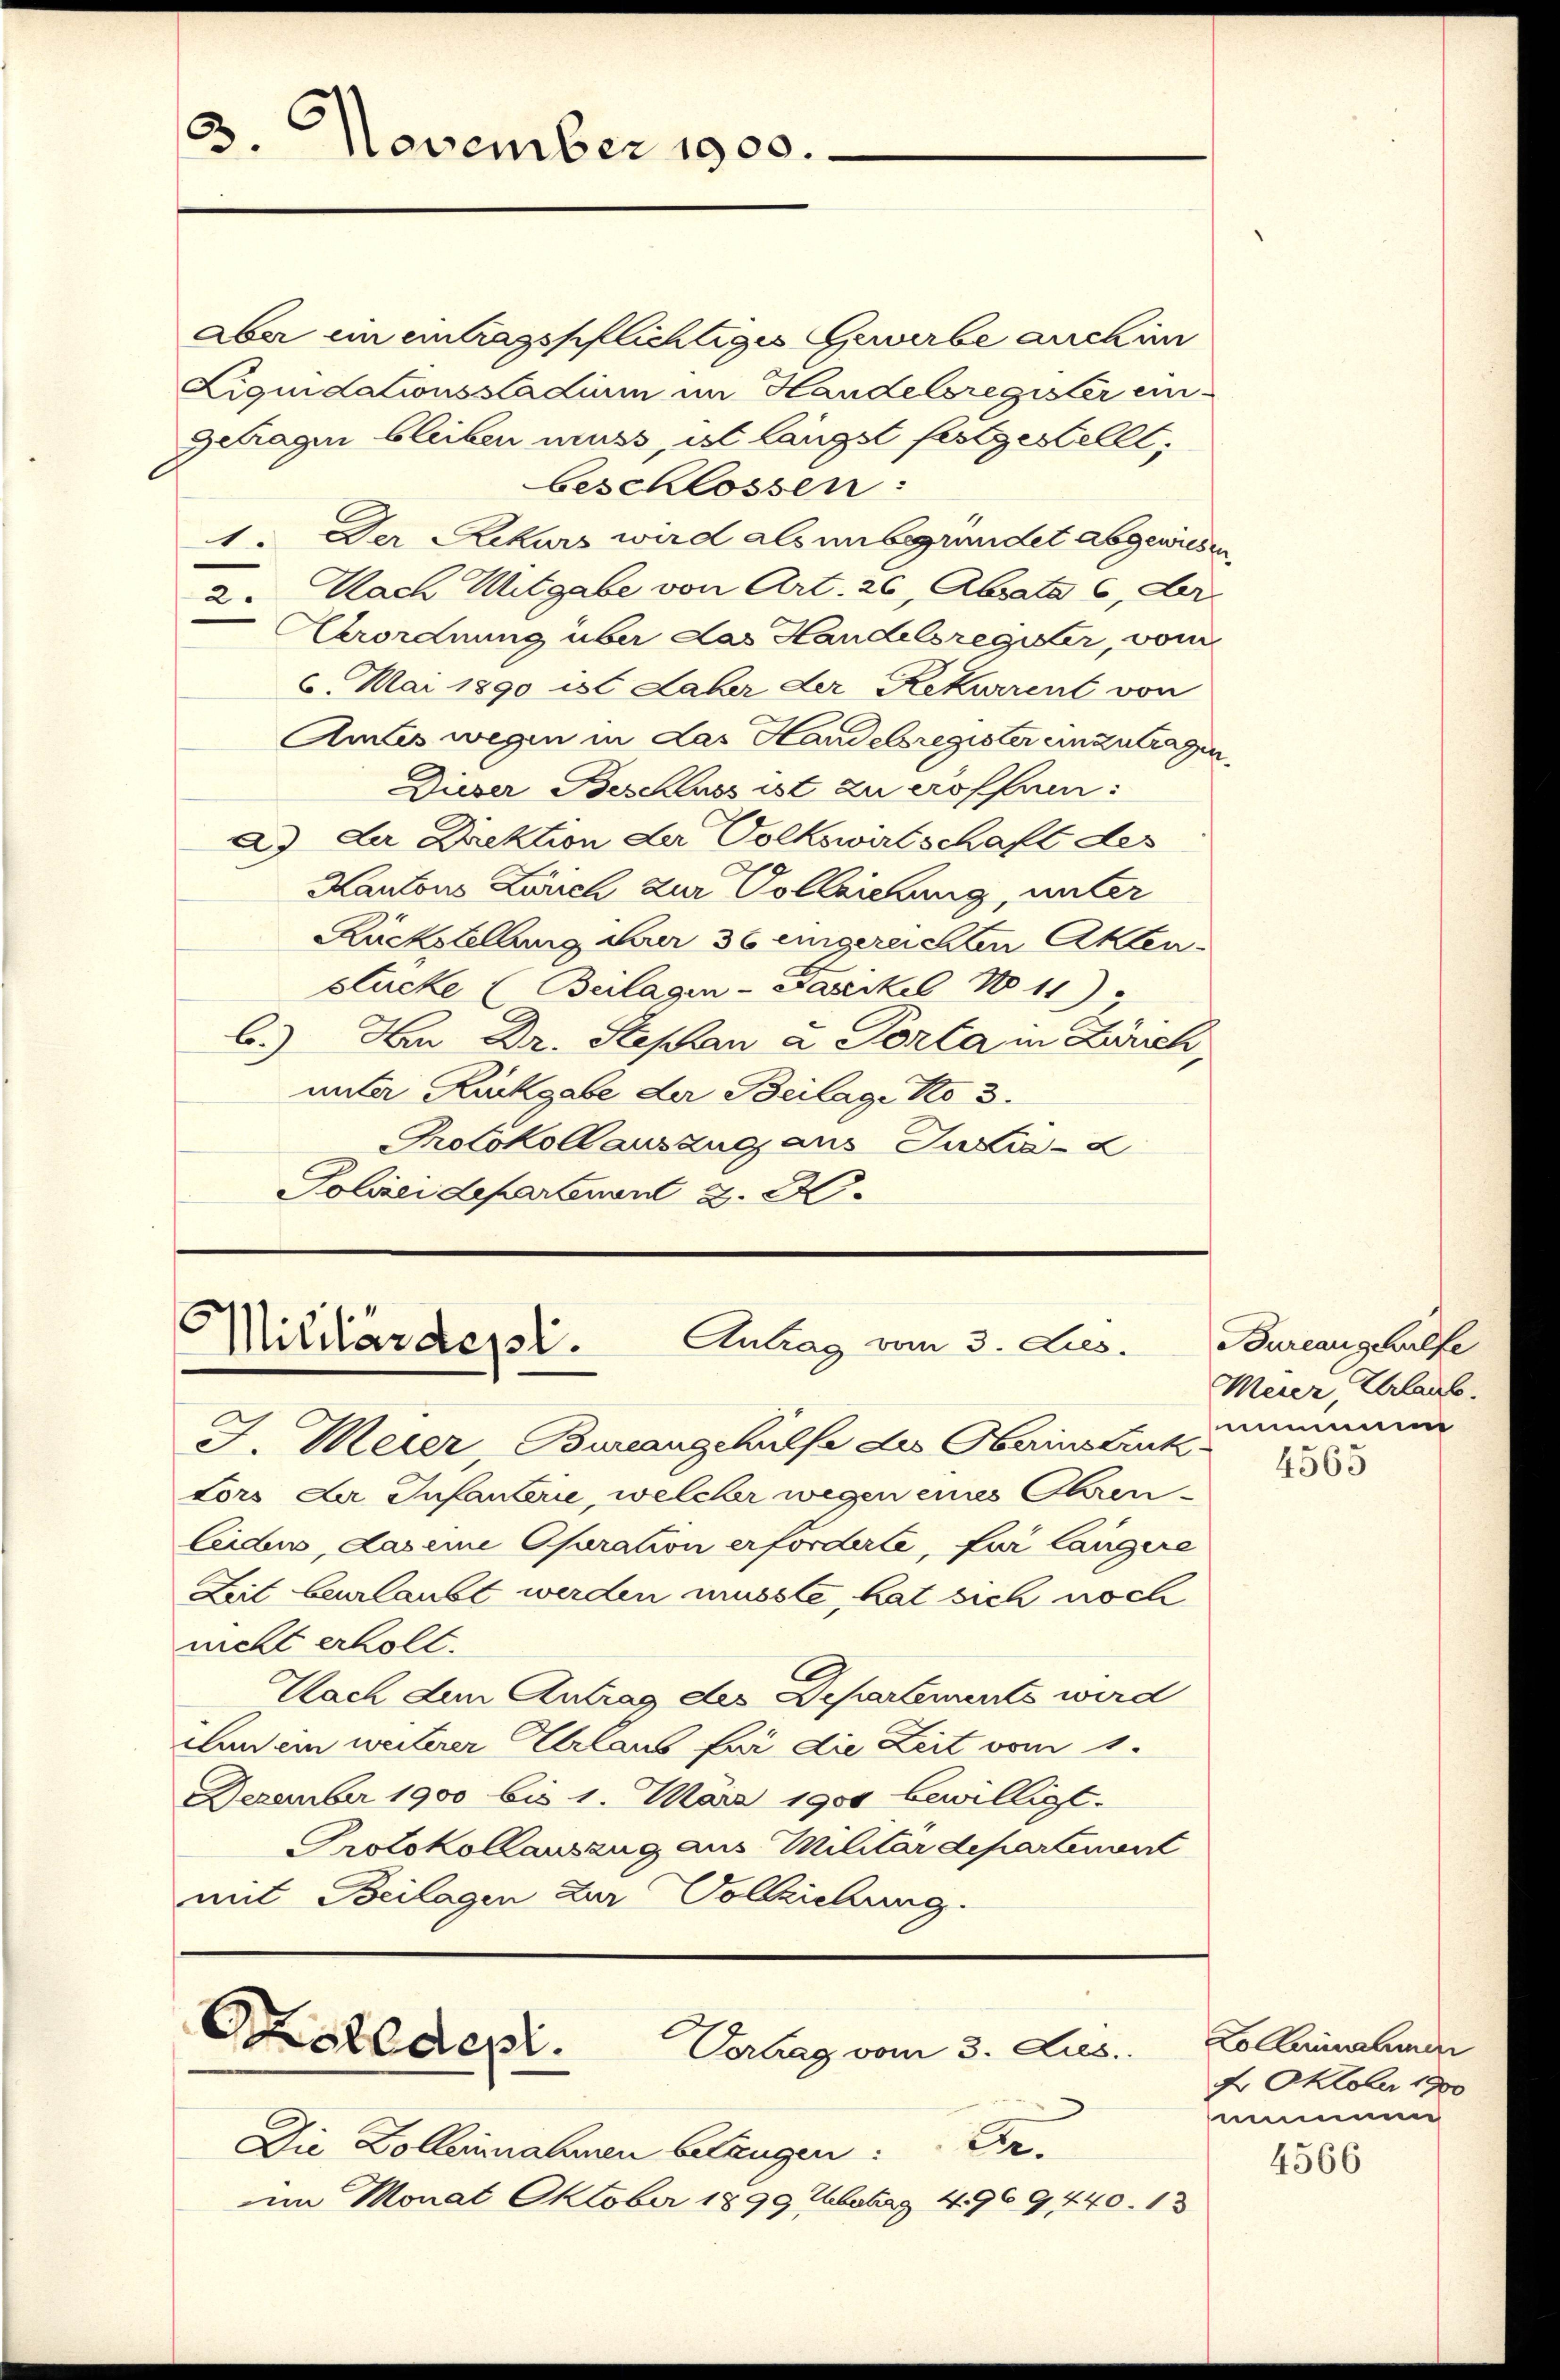
3. November 1900.

aber ein eintragspflichtiges Gewerbe auch in
Liquidationsstadium im Handelsregister ein¬
Getragen bleiben muss, ist längst festgestellt;
beschlossen:
1. Der Rekurs wird als unbegründet abgewiesen
2. Nach Mitgabe von Art. 26, Absata 6, der
Eerordnung über das Handelsregister, von
6. Mai 1890 ist Laber der Rekurrent von
Amtes wegen in das Handelsregister einzutragen.
Dieser Beschluss ist zu eroffen:
a) Der Direktion der Volkswirtschaft des
Kantons Zürich zur Vollziehung, unter
Rückstellung der 36 eingereichten Akten-
stücke (Beilagen-Faszikel No 11)
b.) Bei Dr. Stephan a. Porta in Zürich,
unter Rückgabe der Beilage No 3.
Protokollauszug aus Julia-2
Polizeidepartement 2. 2.

J. Meier, Bureangehülfe des Oberinstruk-
tors der Infanterie, welcher wegen eines Ehrenleide, daseine Ofaration erforderte, für längere
Zeit beurlaubt werden musste, hat sich noch
nicht erholt.
Nach dem Antrag des Departements wird
Lan ein weiterer Urlaub für die Zeit vom 1.
Dezember 1900 bis 1. März 1901 bewilligt.
Protokollauszug aus Militärdepartement
mit Beilagen zur Vollziehung.

Militärdepl.
Antrag vom 3. Jus.

Kalldepl.
Vertrag vom 3. Jus

Die Dollernahmen belangen: Fr.
am Monat Oktober 1899 betrag 4969440. 13

Bureausgehülfe
Meier Erlaub.
m

4565

Lo einnahmen
4. Oktober 1900
sammen

4566